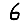
Digit: 6